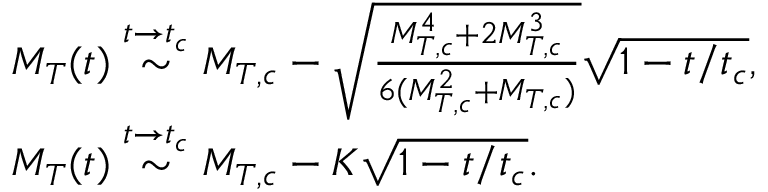
\begin{array} { r l } & { M _ { T } ( t ) \stackrel { t \rightarrow t _ { c } } { \sim } M _ { T , c } - \sqrt { \frac { M _ { T , c } ^ { 4 } + 2 M _ { T , c } ^ { 3 } } { 6 ( M _ { T , c } ^ { 2 } + M _ { T , c } ) } } \sqrt { 1 - t / t _ { c } } \mathrm { , } } \\ & { M _ { T } ( t ) \stackrel { t \rightarrow t _ { c } } { \sim } M _ { T , c } - K \sqrt { 1 - t / t _ { c } } \mathrm { . } } \end{array}